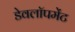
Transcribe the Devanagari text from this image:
डेवलॉपमेंट